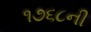
૧૭૬૮ની